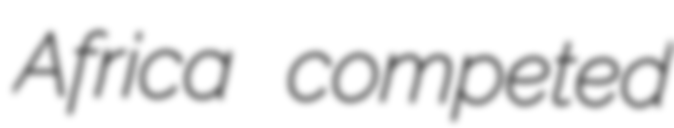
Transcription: Africa competed